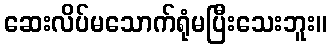
ဆေးလိပ်မသောက်ရုံမပြီးသေးဘူး။